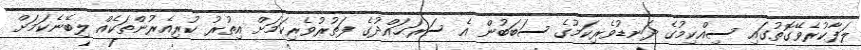
ލަފާކުރެވޭގޮތުގައި ސިއްކިމުގެ ދަނޑުވެރިކަމުގެ ސަބަބުން އެ ސަރަޙައްދުގެ ފަތުރުވެރިކަމަށް އިތުރު ކުރިއެރުންތަކެއް ލިބޭނެކަމަށް